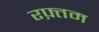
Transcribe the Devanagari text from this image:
रफ़्तम